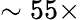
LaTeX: \sim 55\times